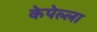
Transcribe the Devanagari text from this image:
केपेल्ला